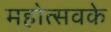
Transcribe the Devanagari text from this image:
महोत्सवके